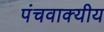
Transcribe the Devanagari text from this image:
पंचवाक्यीय